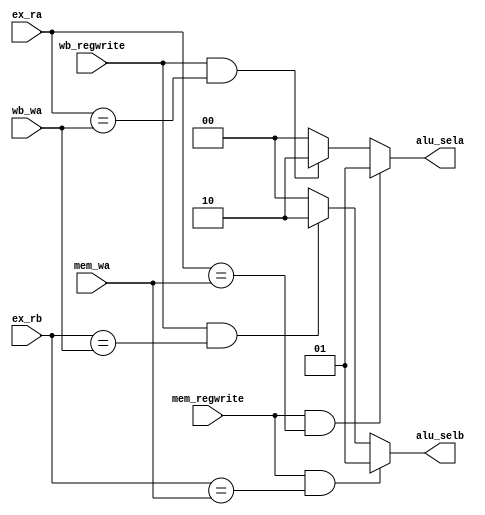
`timescale 1ns / 1ps
/*
 *	Description:  		Forwarding Unit incomplete
 * 	Revisions:
 *  
 *  2014-July-8     Creation
 */
 
 module ee457_FU
	(
		// other inputs to determine true dependencies
		input                   mem_regwrite,
		input [4:0]             mem_wa,
		input                   wb_regwrite,
		input [4:0]             wb_wa,
		input [4:0]             ex_ra,
		input [4:0]             ex_rb,
		output reg [1:0]	 	alu_sela,
		output reg [1:0]        alu_selb
	);
	
	// Define local reg/wire signals here
	
	always @*
	begin
		alu_sela = 2'b00;
		alu_selb = 2'b00;
		if (mem_regwrite == 1 && (ex_ra == mem_wa))
			alu_sela = 2'b01;
		else if (wb_regwrite == 1 && (ex_ra == wb_wa))
			alu_sela = 2'b10;
		// $display("mem_wa: %d", mem_wa);
		// $display("wb_wa: %d", wb_wa);
		// $display("ex_ra: %d", ex_ra);
		// $display("ex_rb: %d", ex_rb);
		// $display("ALU_SELA: %d", alu_sela);
		// $display("ALU_SELB: %d", alu_selb);
		if (mem_regwrite == 1 && (ex_rb == mem_wa))
			alu_selb = 2'b01;
		else if (wb_regwrite == 1 && (ex_rb == wb_wa))
			alu_selb = 2'b10;
	end
		
endmodule